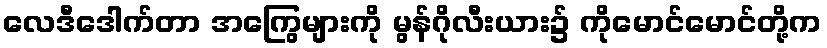
လေဒီဒေါက်တာ အကြွေများကို မွန်ဂိုလီးယား၌ ကိုမောင်မောင်တို့က